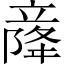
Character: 𫁫